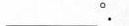
___$$°.